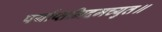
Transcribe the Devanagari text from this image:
पर्याप्तमिदमच्युत॥